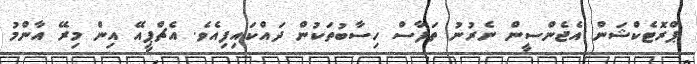
ޕްރޮޓެކްޝަން އެޖެންސީން ނެރުނު ތަފާސް ހިސާބުތަކުން ދައްކައިފިއެވެ. އެޗްޕީއޭ އިން މިރޭ އާންމު